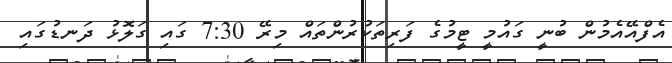
އެފްއޭއެމުން ބުނީ ގައުމީ ޓީމުގެ ފަރިތަކުރުންތައް މިރޭ 7:30 ގައި ގަލޮޅު ދަނޑުގައި